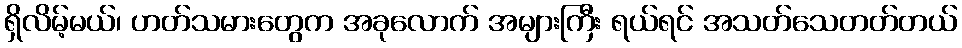
ရှိလိမ့်မယ်၊ ဟတ်သမားတွေက အခုလောက် အများကြီး ရယ်ရင် အသတ်သေတတ်တယ်